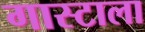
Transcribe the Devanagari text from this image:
गास्टाला